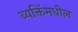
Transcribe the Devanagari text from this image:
व्यक्तिंमधील